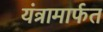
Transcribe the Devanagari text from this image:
यंत्रामार्फत